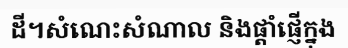
ដី។សំណេះសំណាល និងផ្តាំផ្ញើក្នុង